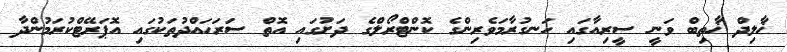
ޚާލިދް ޚާތިބް ވަނީ ސީރިއާގައި ހަނގުރާމަވެރިންގެ ކޮންޓްރޯލްގެ ދަށުގައި އޮތް ސަރަހައްދުތަކުގައި އޮޕަރޭޓްކުރަމުންދާ